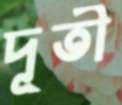
দূতী